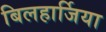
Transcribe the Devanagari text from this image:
बिलहार्जिया